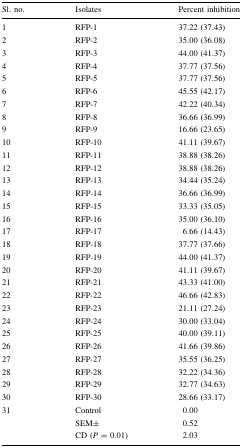
<table><thead><tr><td><b>Sl. no.</b></td><td><b>Isolates</b></td><td><b>Percent inhibition</b></td></tr></thead><tbody><tr><td>1</td><td>RFP-1</td><td>37.22 (37.43)</td></tr><tr><td>2</td><td>RFP-2</td><td>35.00 (36.08)</td></tr><tr><td>3</td><td>RFP-3</td><td>44.00 (41.37)</td></tr><tr><td>4</td><td>RFP-4</td><td>37.77 (37.56)</td></tr><tr><td>5</td><td>RFP-5</td><td>37.77 (37.56)</td></tr><tr><td>6</td><td>RFP-6</td><td>45.55 (42.17)</td></tr><tr><td>7</td><td>RFP-7</td><td>42.22 (40.34)</td></tr><tr><td>8</td><td>RFP-8</td><td>36.66 (36.99)</td></tr><tr><td>9</td><td>RFP-9</td><td>16.66 (23.65)</td></tr><tr><td>10</td><td>RFP-10</td><td>41.11 (39.67)</td></tr><tr><td>11</td><td>RFP-11</td><td>38.88 (38.26)</td></tr><tr><td>12</td><td>RFP-12</td><td>38.88 (38.26)</td></tr><tr><td>13</td><td>RFP-13</td><td>34.44 (35.24)</td></tr><tr><td>14</td><td>RFP-14</td><td>36.66 (36.99)</td></tr><tr><td>15</td><td>RFP-15</td><td>33.33 (35.05)</td></tr><tr><td>16</td><td>RFP-16</td><td>35.00 (36.10)</td></tr><tr><td>17</td><td>RFP-17</td><td>6.66 (14.43)</td></tr><tr><td>18</td><td>RFP-18</td><td>37.77 (37.66)</td></tr><tr><td>19</td><td>RFP-19</td><td>44.00 (41.37)</td></tr><tr><td>20</td><td>RFP-20</td><td>41.11 (39.67)</td></tr><tr><td>21</td><td>RFP-21</td><td>43.33 (41.00)</td></tr><tr><td>22</td><td>RFP-22</td><td>46.66 (42.83)</td></tr><tr><td>23</td><td>RFP-23</td><td>21.11 (27.24)</td></tr><tr><td>24</td><td>RFP-24</td><td>30.00 (33.04)</td></tr><tr><td>25</td><td>RFP-25</td><td>40.00 (39.11)</td></tr><tr><td>26</td><td>RFP-26</td><td>41.66 (39.86)</td></tr><tr><td>27</td><td>RFP-27</td><td>35.55 (36.25)</td></tr><tr><td>28</td><td>RFP-28</td><td>32.22 (34.36)</td></tr><tr><td>29</td><td>RFP-29</td><td>32.77 (34.63)</td></tr><tr><td>30</td><td>RFP-30</td><td>28.66 (33.17)</td></tr><tr><td>31</td><td>Control</td><td>0.00</td></tr><tr><td></td><td>SEM±</td><td>0.52</td></tr><tr><td></td><td>CD (<i>P</i> = 0.01)</td><td>2.03</td></tr></tbody></table>